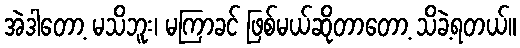
အဲဒါတော့ မသိဘူး၊ မကြာခင် ဖြစ်မယ်ဆိုတာတော့ သိခဲ့ရတယ်။